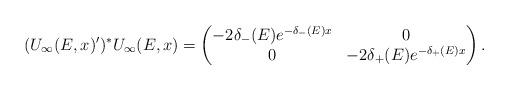
LaTeX: \begin{align*}(U_{\infty}(E,x)')^*U_{\infty}(E,x) =\begin{pmatrix}-2\delta_- (E) e^{-\delta_- (E) x}&0 \\ 0 & -2\delta_+ (E) e^{-\delta_+ (E) x} \end{pmatrix}. \end{align*}